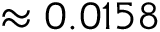
\approx 0 . 0 1 5 8